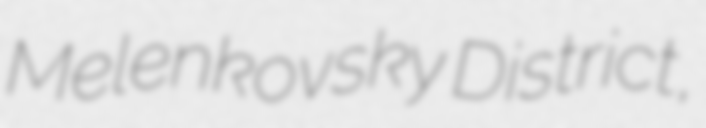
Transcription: Melenkovsky District,